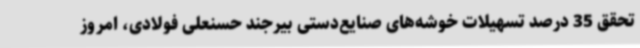
تحقق 35 درصد تسهیلات خوشه‌های صنایع‌دستی بیرجند حسنعلی فولادی، امروز